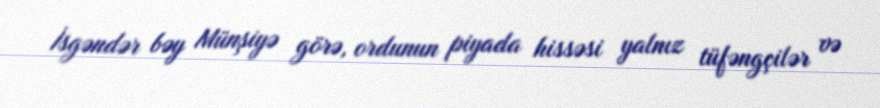
İsgəndər bəy Münşiyə görə, ordunun piyada hissəsi yalnız tüfəngçilər və